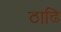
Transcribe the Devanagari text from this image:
ठाढि